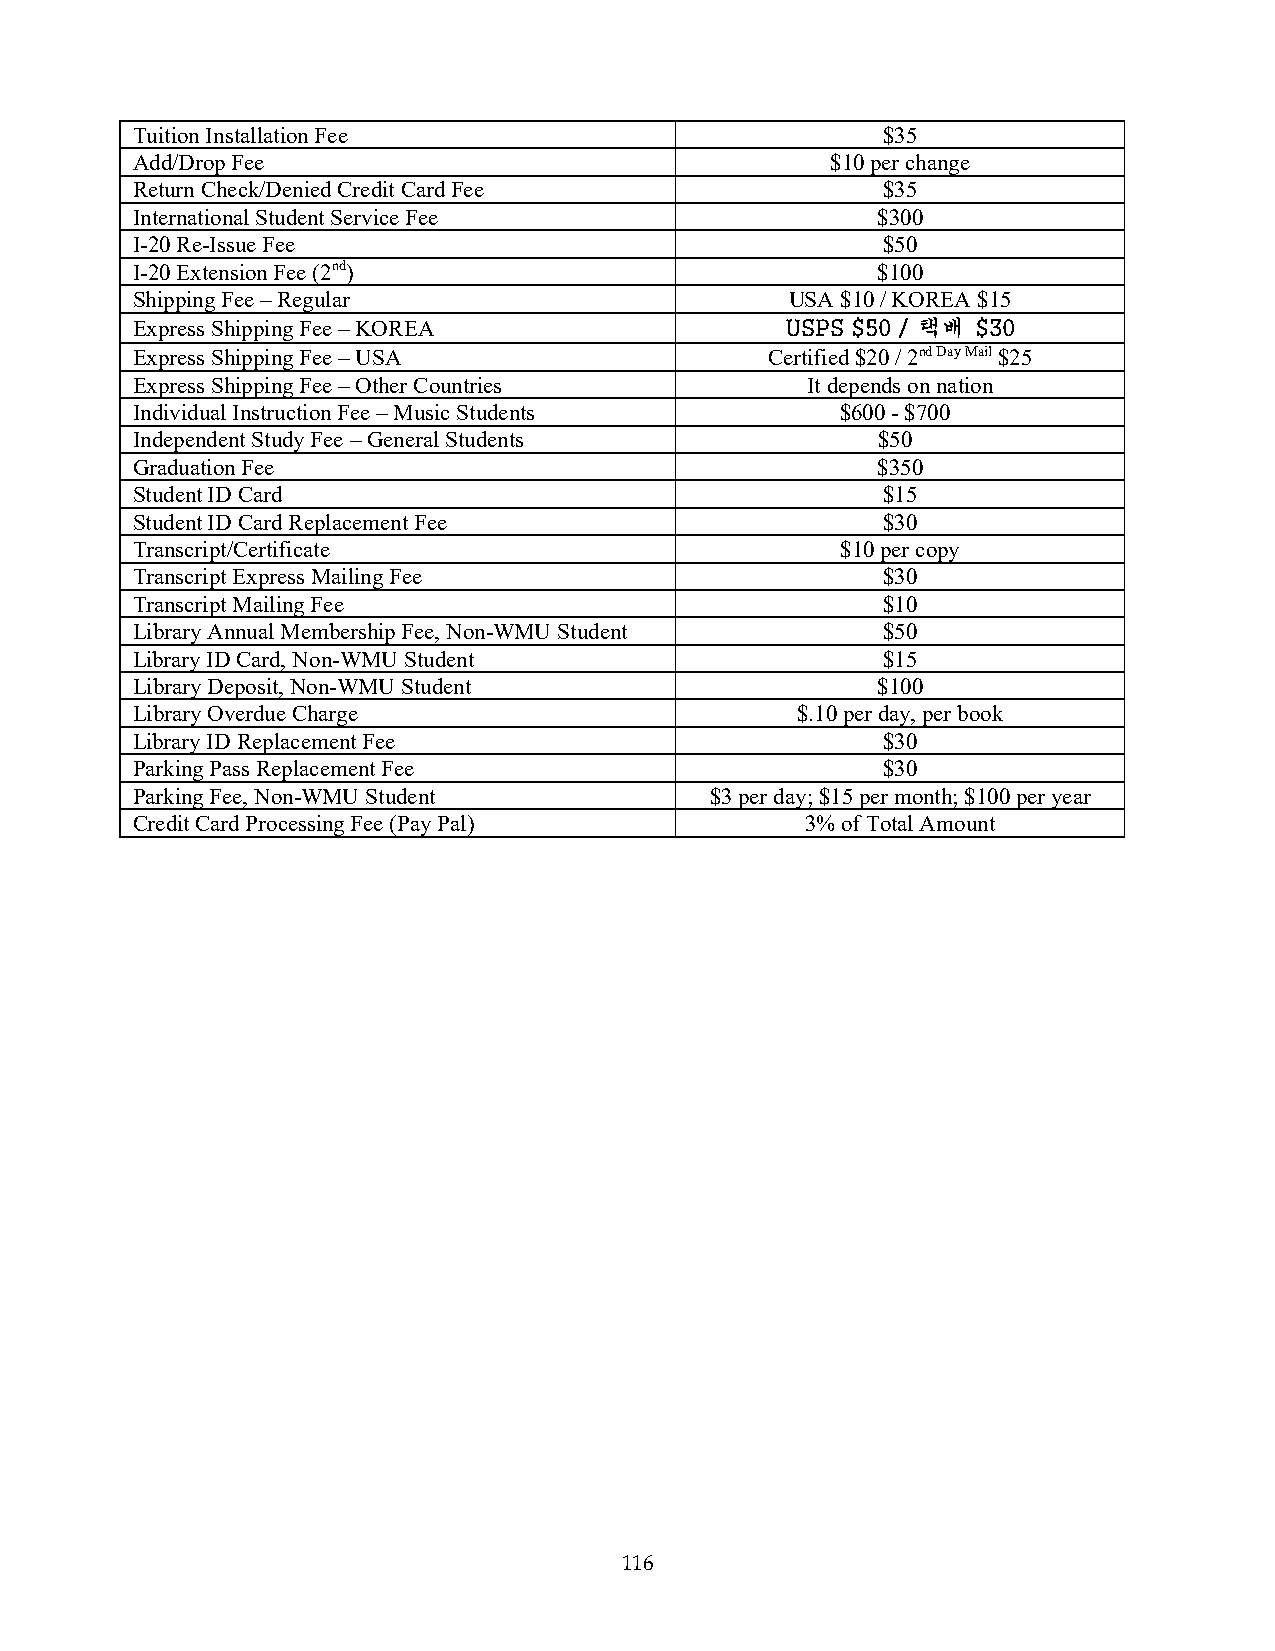
Tuition Installation Fee                         $35
 Add/Drop Fee                                  $10 per change
 Return Check/Denied Credit Card Fee              $35
 International Student Service Fee                $300
 I-20 Re-Issue Fee                                $50
 I-20 Extension Fee (2nd)                         $100
 Shipping Fee – Regular                     USA $10 / KOREA $15
 Express Shipping Fee – KOREA               USPS $50 / 택배 $30
 Express Shipping Fee – USA                Certified $20 / 2nd Day Mail $25
 Express Shipping Fee – Other Countries      It depends on nation
 Individual Instruction Fee – Music Students    $600 - $700
 Independent Study Fee – General Students         $50
 Graduation Fee                                   $350
 Student ID Card                                  $15
 Student ID Card Replacement Fee                  $30
 Transcript/Certificate                         $10 per copy
 Transcript Express Mailing Fee                   $30
 Transcript Mailing Fee                           $10
 Library Annual Membership Fee, Non-WMU Student   $50
 Library ID Card, Non-WMU Student                 $15
 Library Deposit, Non-WMU Student                 $100
 Library Overdue Charge                      $.10 per day, per book
 Library ID Replacement Fee                       $30
 Parking Pass Replacement Fee                     $30
 Parking Fee, Non-WMU Student          $3 per day; $15 per month; $100 per year
 Credit Card Processing Fee (Pay Pal)        3% of Total Amount
 116